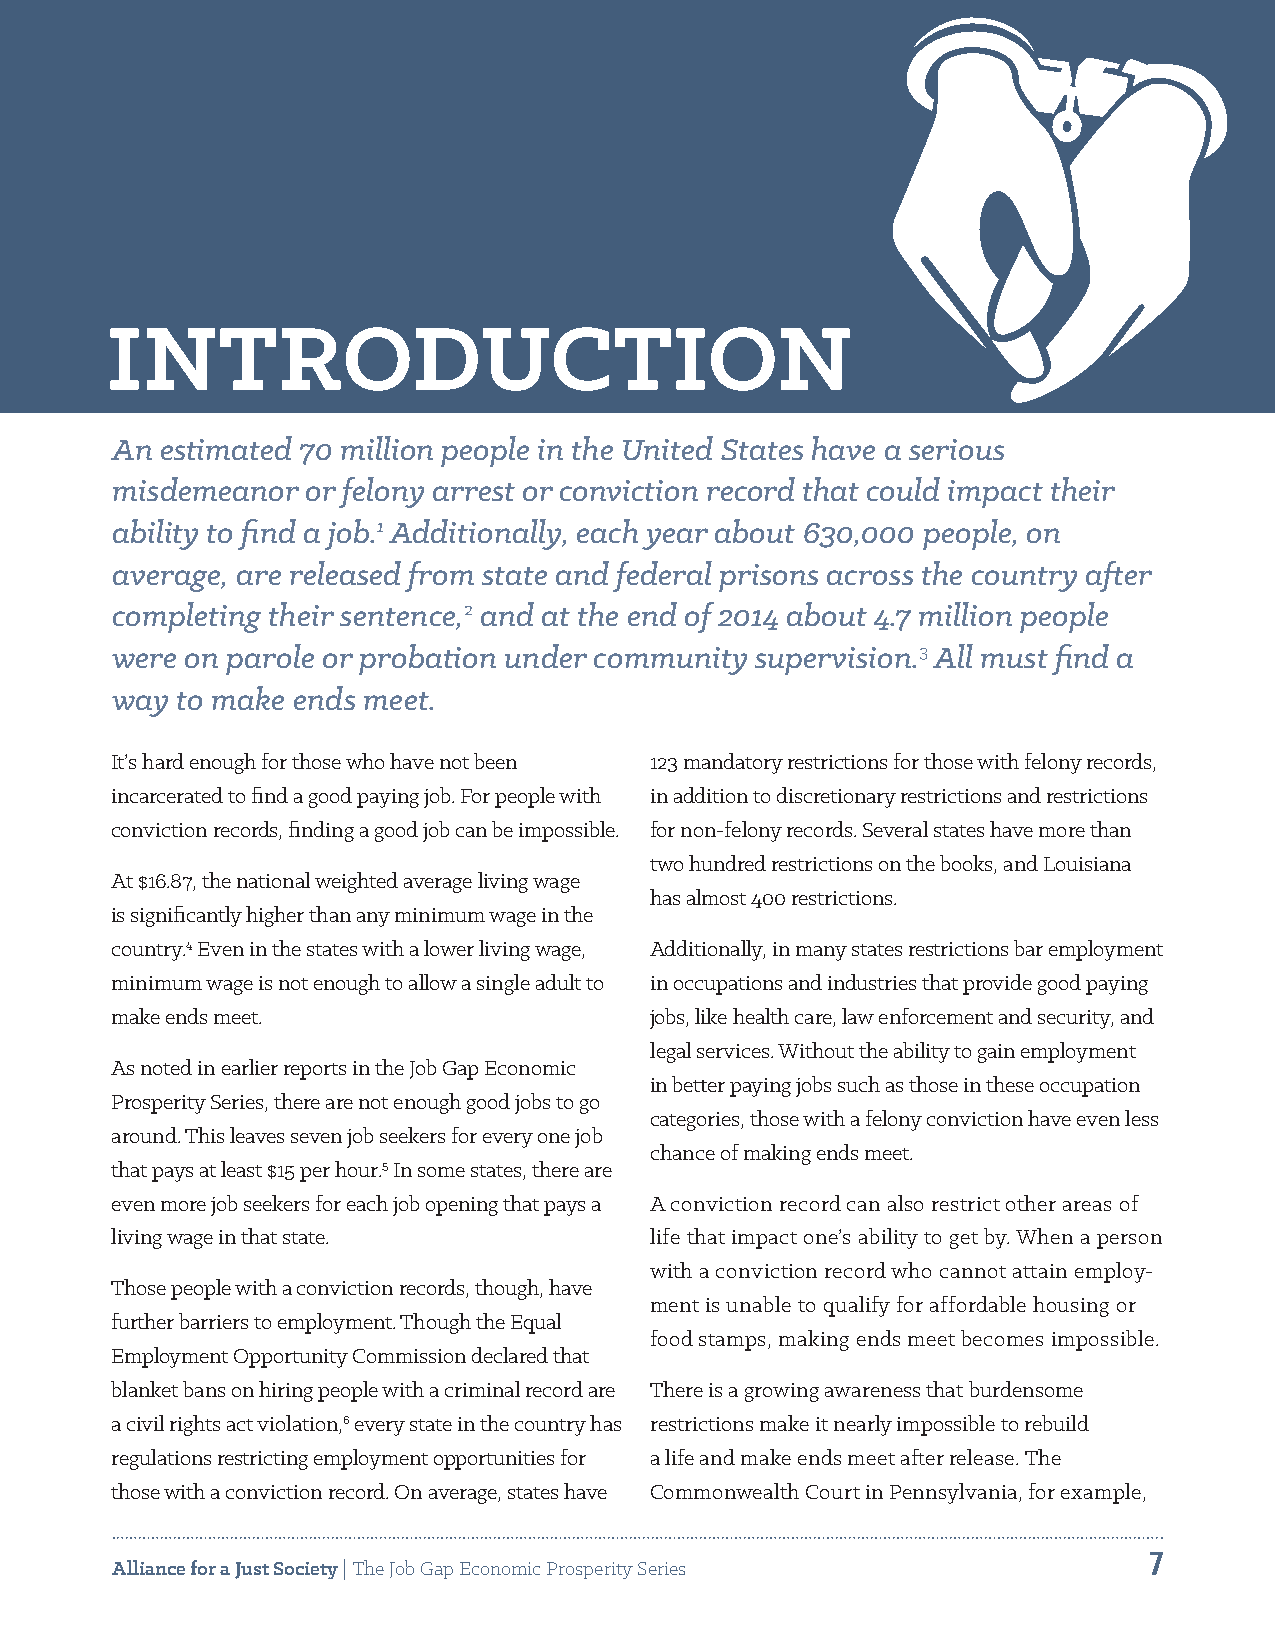
An  estimated 70 million people in the United States have a serious
 misdemeanor  or felony arrest or conviction record that could impact their
 ability to find a job.1 Additionally, each year about 630,000 people, on
 average, are released from state and federal prisons across the country after
 completing their sentence,2 and at the end of 2014 about 4.7 million people
 were on parole or probation under community supervision.3 All must find a
 way  to make ends meet.
 It’s hard enough for those who have not been 123 mandatory restrictions for those with felony records,
 incarcerated to find a good paying job. For people with in addition to discretionary restrictions and restrictions
 conviction records, finding a good job can be impossible. for non-felony records. Several states have more than
 two hundred restrictions on the books, and Louisiana
 At $16.87, the national weighted average living wage
 has almost 400 restrictions.
 is significantly higher than any minimum wage in the
 country.4 Even in the states with a lower living wage, Additionally, in many states restrictions bar employment
 minimum wage is not enough to allow a single adult to in occupations and industries that provide good paying
 make ends meet.                     jobs, like health care, law enforcement and security, and
 legal services. Without the ability to gain employment
 As noted in earlier reports in the Job Gap Economic
 in better paying jobs such as those in these occupation
 Prosperity Series, there are not enough good jobs to go
 categories, those with a felony conviction have even less
 around. This leaves seven job seekers for every one job
 chance of making ends meet.
 that pays at least $15 per hour.5 In some states, there are
 even more job seekers for each job opening that pays a A conviction record can also restrict other areas of
 living wage in that state.          life that impact one’s ability to get by. When a person
 with a conviction record who cannot attain employ-
 Those people with a conviction records, though, have
 ment is unable to qualify for affordable housing or
 further barriers to employment. Though the Equal
 food stamps, making ends meet becomes impossible.
 Employment Opportunity Commission declared that
 blanket bans on hiring people with a criminal record are There is a growing awareness that burdensome
 a civil rights act violation,6 every state in the country has restrictions make it nearly impossible to rebuild
 regulations restricting employment opportunities for a life and make ends meet after release. The
 those with a conviction record. On average, states have Commonwealth Court in Pennsylvania, for example,
 7
 Alliance for a Just Society | The Job Gap Economic Prosperity Series